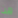
من